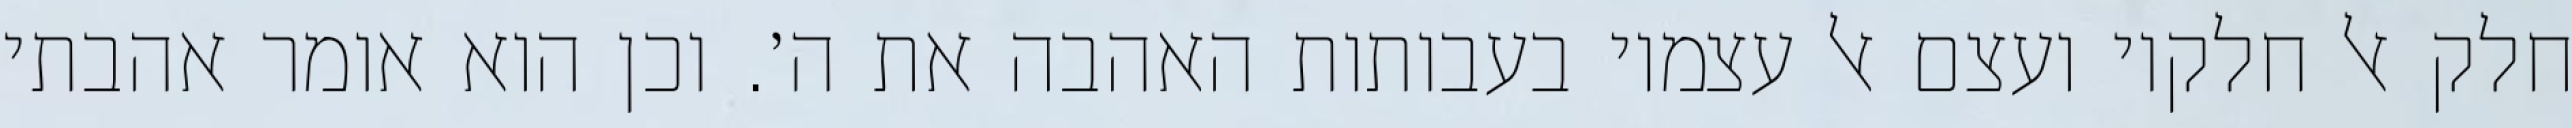
חלק אל חלקיו ועצם אל עצמיו בעבותות האהבה את ה׳. וכן הוא אומר אהבתי